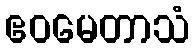
ဧဝမေတာသံ